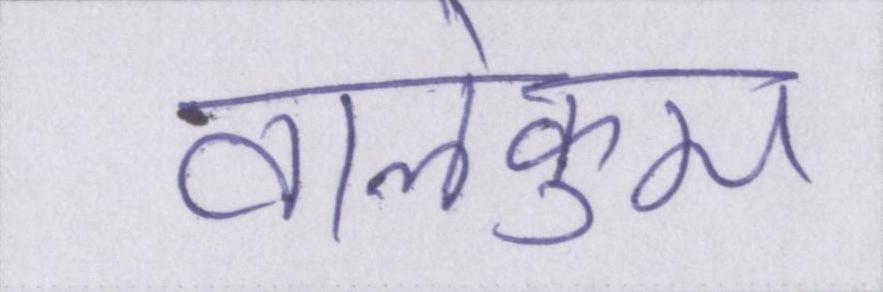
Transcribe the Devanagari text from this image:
वालेकुम